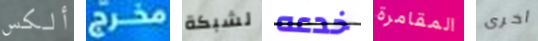
ألكس مخرج لشبكة خدعه المقامرة أخرى